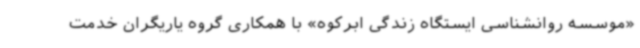
«موسسه روانشناسی ایستگاه زندگی ابرکوه» با همکاری گروه یاریگران خدمت